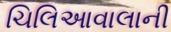
ચિલિઆવાલાની